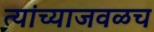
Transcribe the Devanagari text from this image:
त्यांच्याजवळच